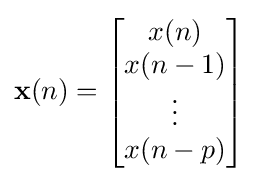
\mathbf {x} (n)=\left[{\begin{matrix}x(n)\\x(n-1)\\\vdots \\x(n-p)\end{matrix}}\right]